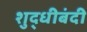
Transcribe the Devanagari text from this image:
शुद्धीबंदी